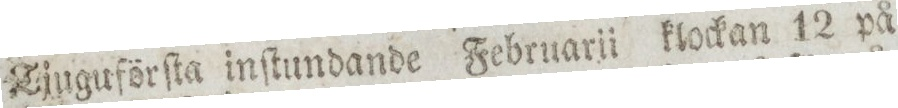
Tjuguförſta inſtundande Februarii klockan 12 på